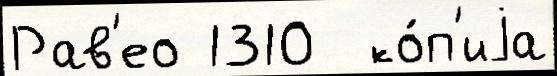
Рав'ео 1310  ко́п'иjа